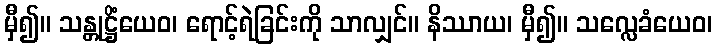
မှီ၍။ သန္တုဋ္ဌိံယေဝ၊ ရောင့်ရဲခြင်းကို သာလျှင်။ နိဿာယ၊ မှီ၍။ သလ္လေခံယေဝ၊